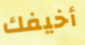
أخيفك